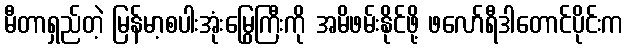
မီတာရှည်တဲ့ မြန်မာ့စပါးအုံးမြွေကြီးကို အမိဖမ်းနိုင်ဖို့ ဖလော်ရီဒါတောင်ပိုင်းက